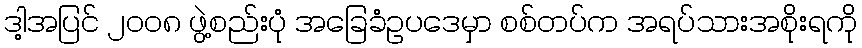
ဒါ့အပြင် ၂၀၀၈ ဖွဲ့စည်းပုံ အခြေခံဥပဒေမှာ စစ်တပ်က အရပ်သားအစိုးရကို